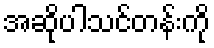
အဆိုပါသင်တန်းကို